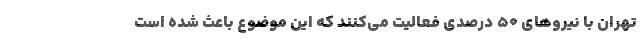
تهران با نیروهای ۵۰ درصدی فعالیت می‌کنند که این موضوع باعث شده است